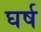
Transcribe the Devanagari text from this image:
घर्ष